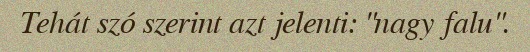
Tehát szó szerint azt jelenti: "nagy falu".